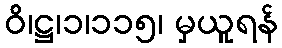
ဝိ၊ဋ္ဌ၊၁၊၁၁၅၊ မှယူရန်